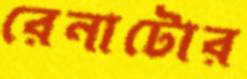
রেনাটোর